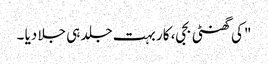
"کی گھنٹی بجی، کار بہت جلد ہی جلا دیا ۔